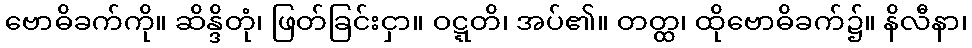
ဗောဓိခက်ကို။ ဆိန္ဒိတုံ၊ ဖြတ်ခြင်းငှာ။ ဝဋ္ဋတိ၊ အပ်၏။ တတ္ထ၊ ထိုဗောဓိခက်၌။ နိလီနာ၊